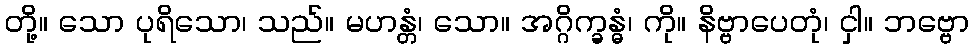
တို့။ သော ပုရိသော၊ သည်။ မဟန္တံ၊ သော။ အဂ္ဂိက္ခန္ဓံ၊ ကို။ နိဗ္ဗာပေတုံ၊ ငှါ။ ဘဗ္ဗော